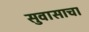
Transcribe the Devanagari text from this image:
सुवासाचा